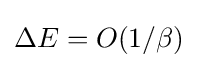
\Delta E=O(1/\beta )